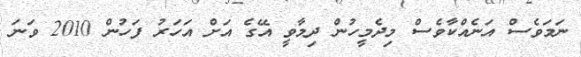
ނަމަވެސް އަނެއްކާވެސް މިދެމީހުން ދިމާވީ އޭގެ އަށް އަހަރު ފަހުން 2010 ވަނަ